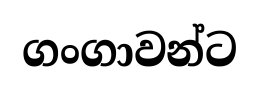
ගංගාවන්ට